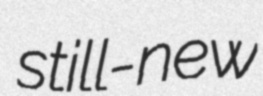
still-new